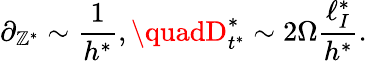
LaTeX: \partial_{\mathbb{Z}^{*}}\sim\frac{{1}}{{h^{*}}},\quadD_{t^{*}}^{*}\sim2\Omega\frac{{\ell_{I}^{*}}}{{h^{*}}}.